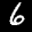
Label: 6